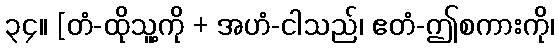
၃၄။ [တံ-ထိုသူ့ကို + အဟံ-ငါသည်၊ ဧတံ-ဤစကားကို၊